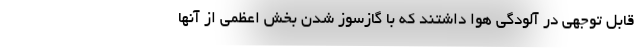
قابل توجهی در آلودگی هوا داشتند که با گازسوز شدن بخش اعظمی از آنها